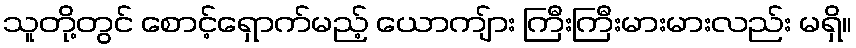
သူတို့တွင် စောင့်ရှောက်မည့် ယောကျ်ား ကြီးကြီးမားမားလည်း မရှိ။